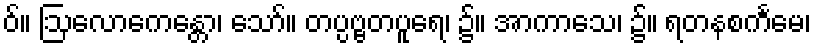
ဝ်။ ဩလောကေန္တော၊ သော်။ တပ္ပဗ္ဗတပူရေ၊ ၌။ အာကာသေ၊ ၌။ ရတနစင်္ကမေ၊